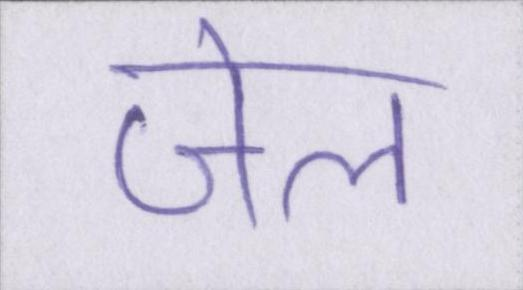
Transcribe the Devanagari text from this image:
जेल